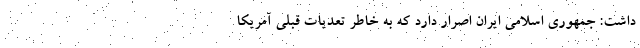
داشت: جمهوری اسلامی ایران اصرار دارد که به خاطر تعدیات قبلی آمریکا